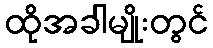
ထိုအခါမျိုးတွင်